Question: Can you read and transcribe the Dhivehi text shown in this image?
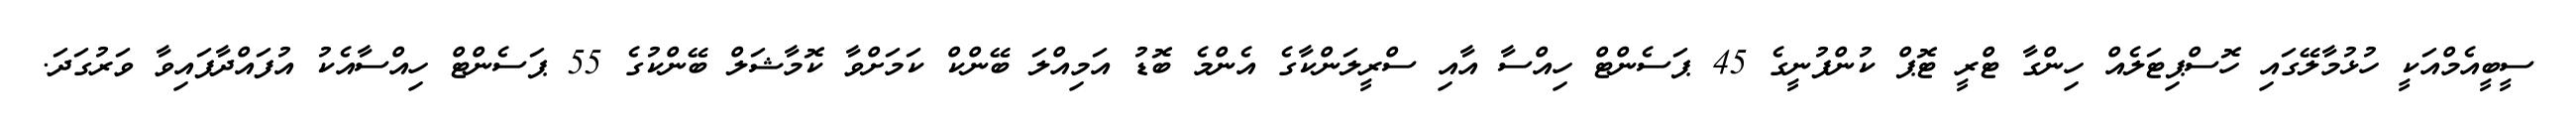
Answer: ސީބީއެމްއަކީ ހުޅުމާލޭގައި ހޮސްޕިޓަލެއް ހިންގާ ޓްރީ ޓޮޕް ކުންފުނީގެ 45 ޕަސެންޓް ހިއްސާ އާއި ސްރީލަންކާގެ އެންމެ ބޮޑު އަމިއްލަ ބޭންކް ކަމަށްވާ ކޮމާޝަލް ބޭންކުގެ 55 ޕަސެންޓް ހިއްސާއެކު އުފައްދާފައިވާ ވަރުގަދަ.